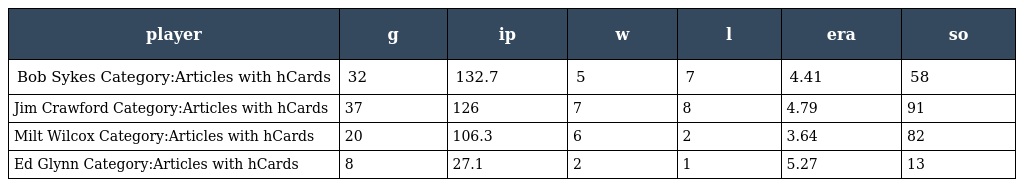
| player | g | ip | w | l | era | so |
 | --- | --- | --- | --- | --- | --- | --- |
 | Bob Sykes Category:Articles with hCards | 32 | 132.7 | 5 | 7 | 4.41 | 58 |
 | Jim Crawford Category:Articles with hCards | 37 | 126 | 7 | 8 | 4.79 | 91 |
 | Milt Wilcox Category:Articles with hCards | 20 | 106.3 | 6 | 2 | 3.64 | 82 |
 | Ed Glynn Category:Articles with hCards | 8 | 27.1 | 2 | 1 | 5.27 | 13 |